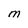
Character: M